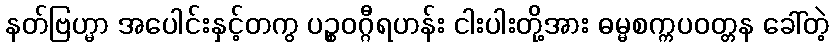
နတ်ဗြဟ္မာ အပေါင်းနှင့်တကွ ပဉ္စဝဂ္ဂီရဟန်း ငါးပါးတို့အား ဓမ္မစက္ကပဝတ္တန ခေါ်တဲ့